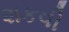
શકવી